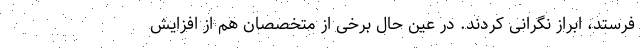
فرستد، ابراز نگرانی کردند. در عین حال برخی از متخصصان هم از افزایش